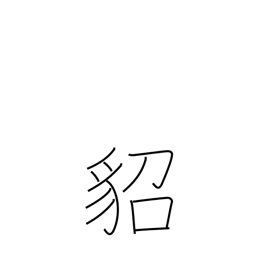
Meaning: marten